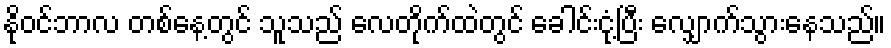
နိုဝင်ဘာလ တစ်နေ့တွင် သူသည် လေတိုက်ထဲတွင် ခေါင်းငုံ့ပြီး လျှောက်သွားနေသည်။